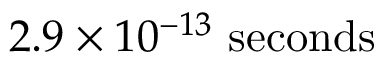
2 . 9 \times 1 0 ^ { - 1 3 } \ \mathrm { s e c o n d s }